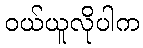
ဝယ်ယူလိုပါက